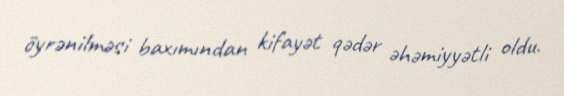
öyrənilməsi baxımından kifayət qədər əhəmiyyətli oldu.